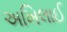
અખિલાઈ